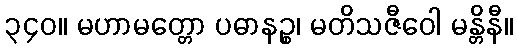
၃၄၀။ မဟာမတ္တော ပဓာနဉ္စ၊ မတိသဇီဝေါ မန္တိနီ။